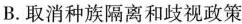
B.取消种族隔离和歧视政策